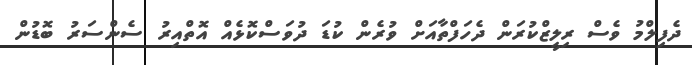
ދެފިލްމު ވެސް ރިލީޒްކުރަން ދެހަފްތާއަށް ވުރެން ކުޑަ ދުވަސްކޮޅެއް އޮތްއިރު ސެންސަރު ބޮޑުން